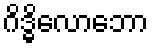
ဂိဒ္ဓိလောဘော